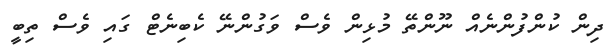
ދިން ކުންފުންނެއް ނޫންތޭ މުޅިން ވެސް ވަގުންނޭ ކެބިނެޓް ގައި ވެސް ތިބީ